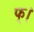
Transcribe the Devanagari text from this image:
फ्।